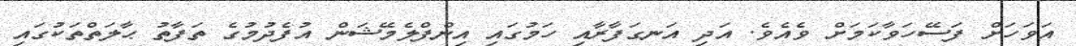
އަވަހަށް ފަސޭހަވާކަމަށް ވެއެވެ. އަދި އަނގަފާރާއި ހަމުގައި އިންފްލެމޭޝަން އުފެދުމުގެ ތަފާތު ޙާލަތްތަކުގައި